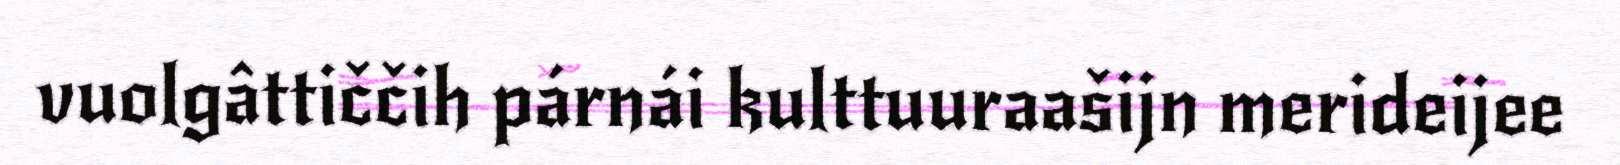
vuolgâttiččih párnái kulttuuraašijn merideijee